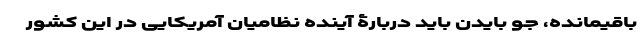
باقیمانده، جو بایدن باید دربارۀ آینده نظامیان آمریکایی در این کشور